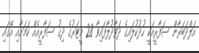
އަލްދަބަރާން ސަފާރީއަކީ ހުދުކުލައިގެ ދަވާދުލާފައިވާ 28 މީޓަރުގެ ދިގު ސަފާރީއެއް ކަމަށާއި އޭގައި